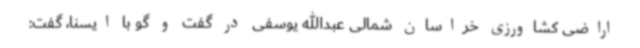
اراضی کشاورزی خراسان شمالی عبدالله یوسفی در گفت و گو با ایسنا، گفت: